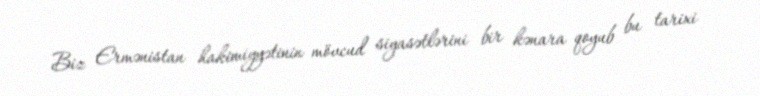
Biz Ermənistan hakimiyyətinin mövcud siyasətlərini bir kənara qoyub bu tarixi